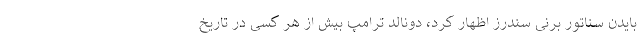
بایدن سناتور برنی سندرز اظهار کرد، دونالد ترامپ بیش از هر کسی در تاریخ